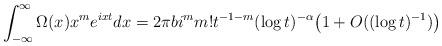
LaTeX: \begin{align*}\int_{-\infty}^\infty \Omega(x) x^m e^{ixt}dx=2\pi b i^m m! t^{-1-m}(\log t)^{-\alpha} \bigl(1+ O ( (\log t)^{-1})\bigr)\end{align*}